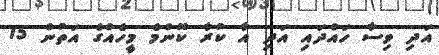
އަދި ވިސާ ހައްދައި އަދި އާ ކުރާ ކޮންމެ މީހެއްގެ އަތުން 15